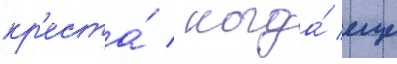
кр'еста́ / когда́ еще